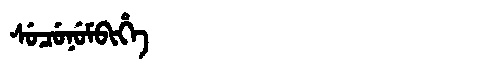
Manchu: ᠰᡠᠴᡠᠨᡠᠮᠪᡳᡥᡝ
Romanization: SUCUNUMBIHE